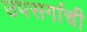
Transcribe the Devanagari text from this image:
उपसर्गाची